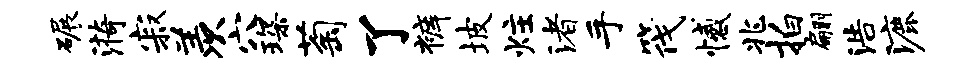
碾漪寂羡穴琛萄了裤坡炷渚手筏憾兆拍翩浩漉